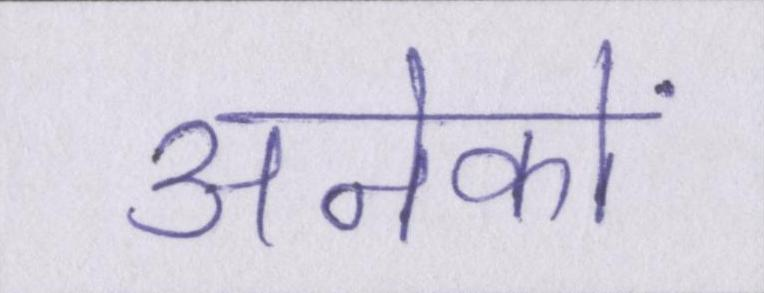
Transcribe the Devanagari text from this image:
अनेकों